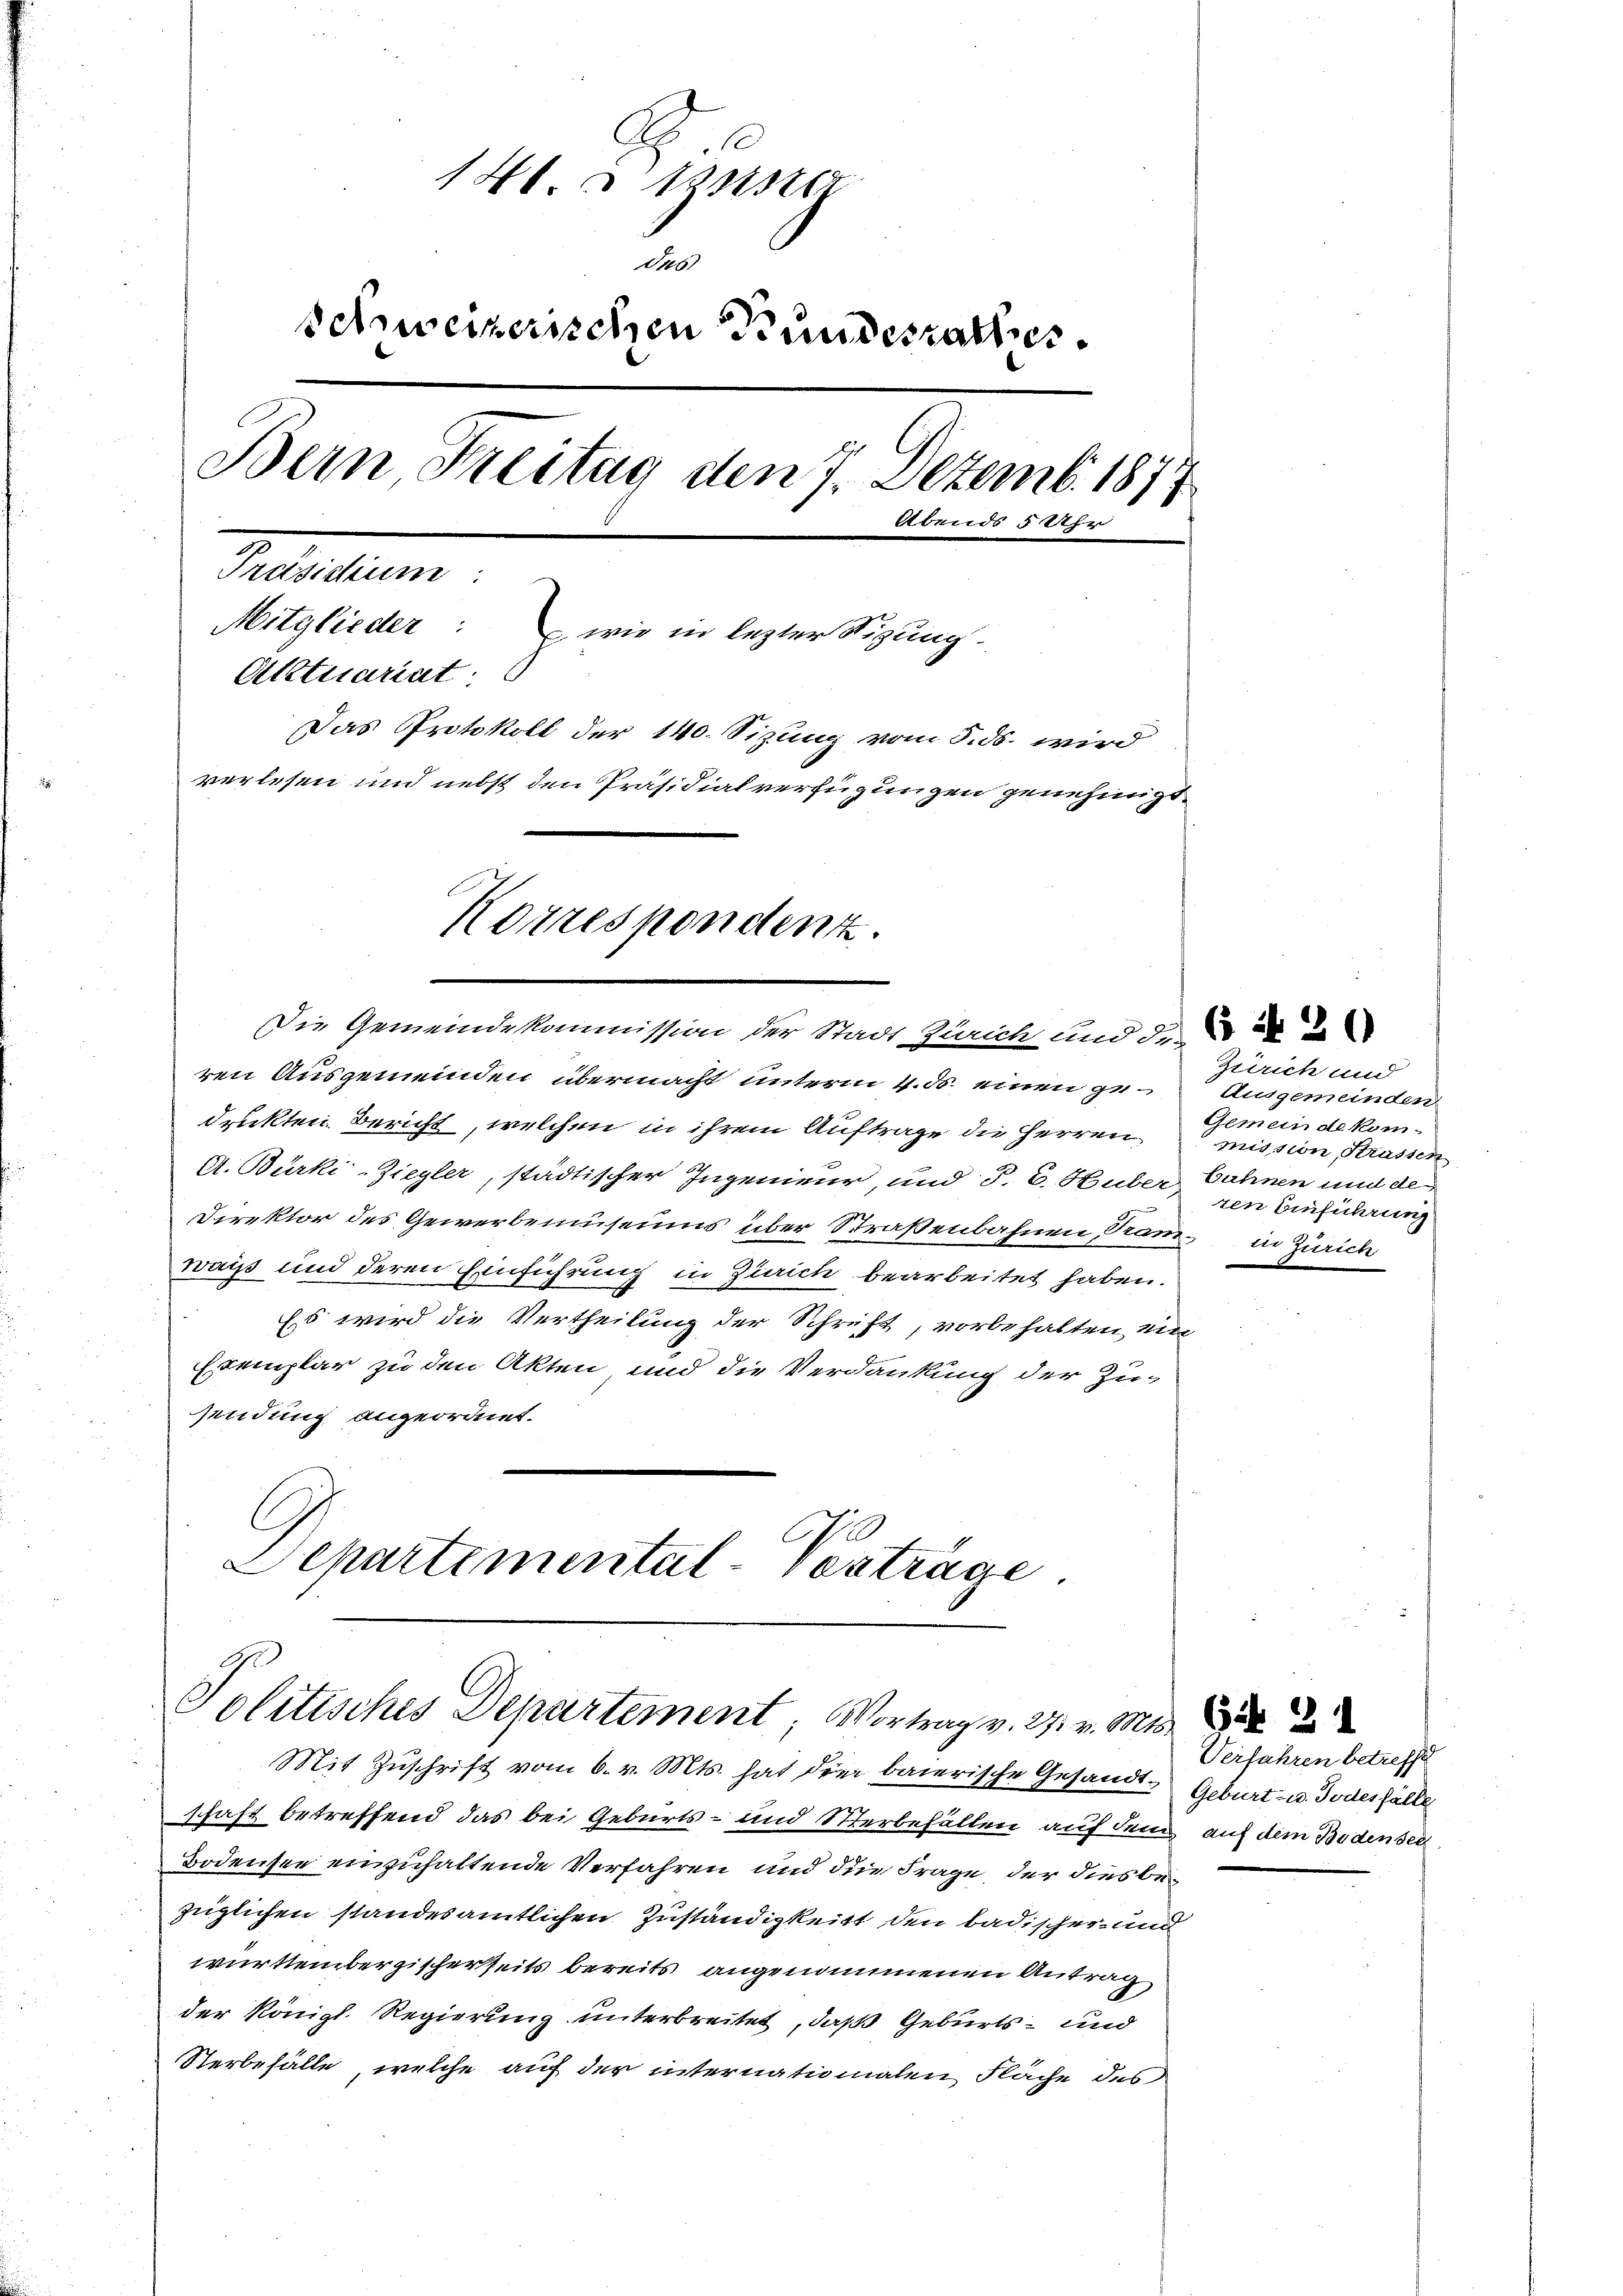
u
G.
140 u sister
des
schweizerischen Bundesrathes
Bern Freitag den 7. Dezemb. 1877
Abends 5 Uhr
g
Mitglieder: wie in lezter Sizung
Attuariat:
Das Protokoll der 140. Sizung vom 5. ds. wird
verlesen und nebst den Präsidialverfügungen genehmigt.
Korrespondent.

Die Gemeindekommission der Stadt Zürich und d.

ren Ausgemeinden übermacht unterm 4. ds. einen ge-Ausgemeinden
druckten. Bericht, welchen in ihrem Auftrage die Herren mission Strassen
A. Bürki-Ziegler, städtischer Ingenieur, und J. C. Huber bahnen und de
Direktor des Gewerbemuseums über Straßenbahnen Ramm in Zürich
wais und deren Einführung in Zürich bearbeitet haben.
Es wird die Vertheilung der Schrift, vorbehalten, ein
Exemplar zu den Akten und die Verdankung der Zu-
sendung angeordnet.
Departemental-Verträge

Politisches Departement, Vortrag v. 24. v. Mts.

Mit Zuschrift vom 6. v. Mts. hat die baierische Gesandte Geburt- u. Todesfälle
schaft betreffend das bei Geburts- und Sterbefällen auf dem auf dem Bodensee
Bodensee einzuhaltende Verfahren und die Frage, der dies bezüglichen standesamtlichen Zuständigkeit den badischer und
württembergischerseits bereits angenommenen Antrag
der Königl. Regierung unterbreitet, daß Geburts- und
Sterbefälle, welche auf der internationalen Fläche des

Zürich und
Gemeinde komten Einführung

Verfahren betreffe